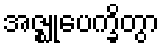
အဇ္ဈုပေက္ခိတွာ